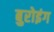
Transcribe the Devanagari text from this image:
बुरोइंग